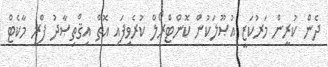
ދެން ކުރީން މަރުކަޒީ އުޞޫލަކުން ކޮންޓްރޯލް ކުރެވިފައި އޮތް އިޤްތިޞާދު ފްރީ މާކެޓް